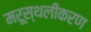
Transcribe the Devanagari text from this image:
मरूस्थलीकरण